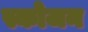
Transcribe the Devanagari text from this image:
स्कोजन